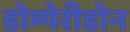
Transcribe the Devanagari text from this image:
डोम्पेरीडोन